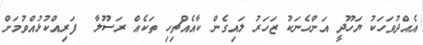
އެއްދުވަހަކު ޔަހޫދީ އަންހެނަކު ޒަހަރު ލައިގެން ކާއެއްޗިހި ތަކެއް ރަސޫލާ  ފަރިއްކުޅުއްވުމަށް